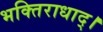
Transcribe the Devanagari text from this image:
भक्तिराधाद्।